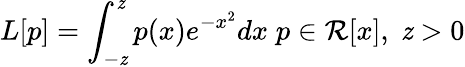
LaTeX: L[p]=\int_{-\mathit{z}}^{\mathit{z}}p(x)e^{-x^{2}}dx\; p\in\mathcal{{R}}[x],\; \mathit{z}>0